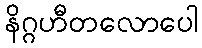
နိဂ္ဂဟီတလောပေါ